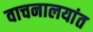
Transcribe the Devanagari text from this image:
वाचनालयांत